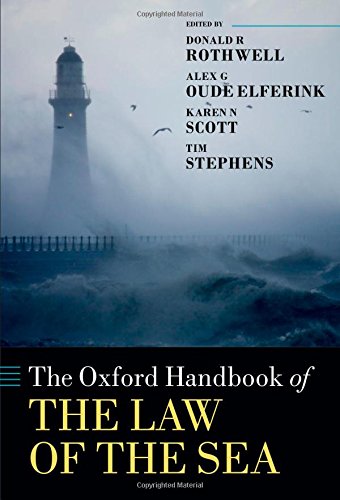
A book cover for The Oxford Handbook of the Law of the Sea (Oxford Handbooks in Law); Law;